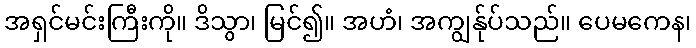
အရှင်မင်းကြီးကို။ ဒိသွာ၊ မြင်၍။ အဟံ၊ အကျွန်ုပ်သည်။ ပေမကေန၊